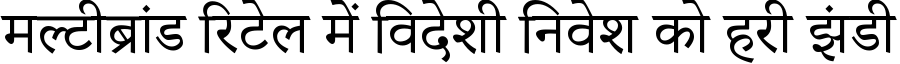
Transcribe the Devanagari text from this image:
मल्टीब्रांड रिटेल में विदेशी निवेश को हरी झंडी